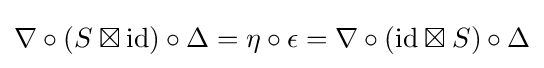
\nabla \circ (S\boxtimes \mathrm {id} )\circ \Delta =\eta \circ \epsilon =\nabla \circ (\mathrm {id} \boxtimes S)\circ \Delta